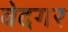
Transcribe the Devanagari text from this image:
वेदगर